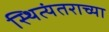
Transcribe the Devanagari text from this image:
स्थित्यंतराच्या